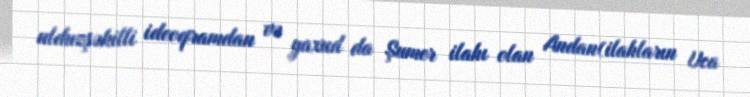
ulduzşəkilli ideoqramdan və yaxud da Şumer ilahı olan Andan(ilahların Uca